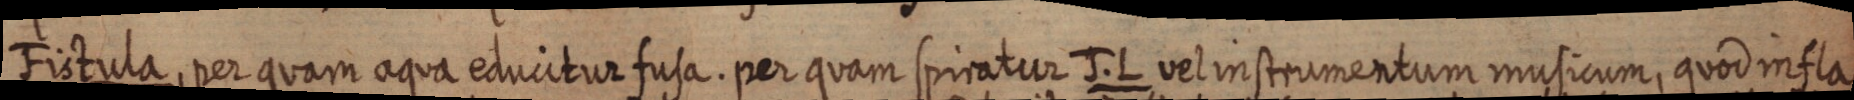
Fistula, per quam aqua educitur fusa. per quam spiratur J. L vel instrumentum musicum, quod infla